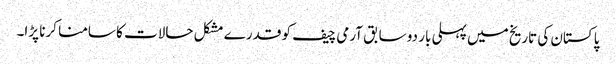
پاکستان کی تاریخ میں پہلی بار دو سابق آرمی چیف کو قدرے مشکل حالات کا سامنا کرنا پڑا۔